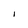
Character: l